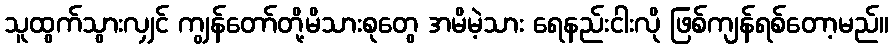
သူထွက်သွားလျှင် ကျွန်တော်တို့မိသားစုတွေ အမိမဲ့သား ရေနည်းငါးလို ဖြစ်ကျန်ရစ်တော့မည်။